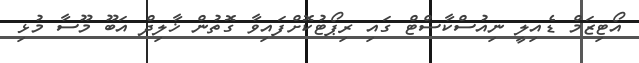
އޯޓިޒަމް ޑެއިލީ ނިއުސްކާސްޓް ގައި ރިޕޯޓުކޮށްފައިވާ ގޮތުން ޚާލިދް އަބޫ މޫސާ މުޅި